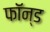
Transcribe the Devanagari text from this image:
फॉन्ड